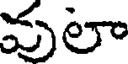
మలా